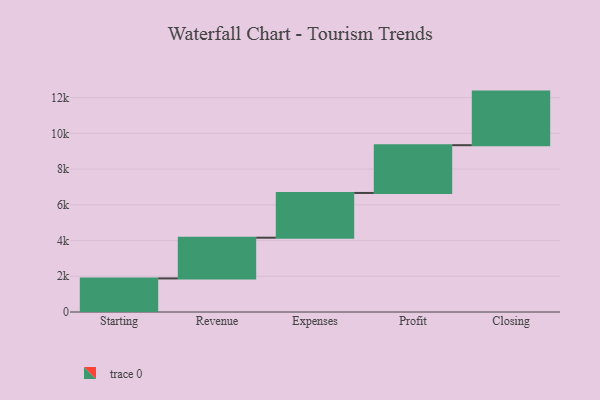
{"axis": {"x": "Step", "y": "Value"}, "legend": [""], "data": [{"x": "Starting", "y": 1880.0, "type": ""}, {"x": "Revenue", "y": 2279.0, "type": ""}, {"x": "Expenses", "y": 2505.0, "type": ""}, {"x": "Profit", "y": 2674.0, "type": ""}, {"x": "Closing", "y": 3000, "type": ""}]}